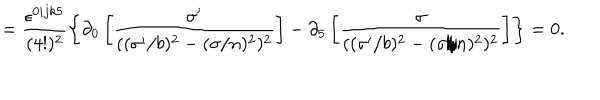
= \frac { \epsilon ^ { 0 i j k 5 } } { ( 4 ! ) ^ { 2 } } \left\{ \partial _ { 0 } \left[ \frac { \sigma ^ { \prime } } { ( ( \sigma ^ { \prime } / b ) ^ { 2 } - ( \dot { \sigma } / n ) ^ { 2 } ) ^ { 2 } } \right] - \partial _ { 5 } \left[ \frac { \dot { \sigma } } { ( ( \sigma ^ { \prime } / b ) ^ { 2 } - ( \dot { \sigma } / n ) ^ { 2 } ) ^ { 2 } } \right] \right\} = 0 .